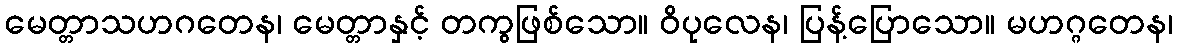
မေတ္တာသဟဂတေန၊ မေတ္တာနှင့် တကွဖြစ်သော။ ဝိပုလေန၊ ပြန့်ပြောသော။ မဟဂ္ဂတေန၊